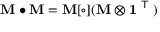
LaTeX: \mathbf { M } \bullet \mathbf { M } = \mathbf { M } [ \circ ] ( \mathbf { M } \otimes \mathbf { 1 } ^ { \textsf { T } } )